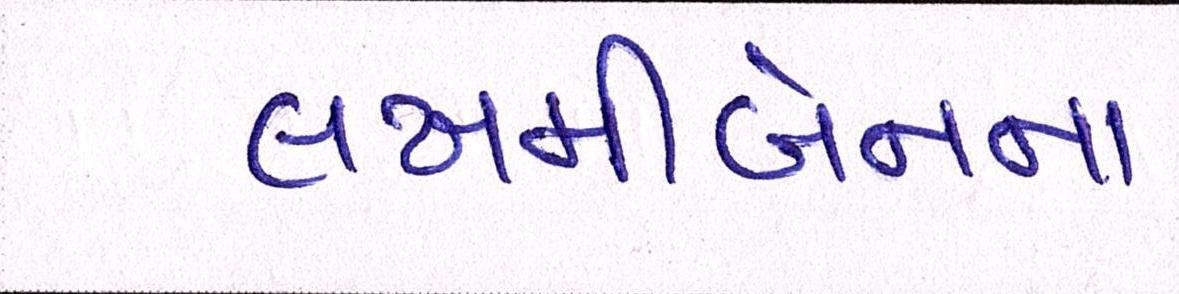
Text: લખમીબેનના